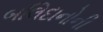
બલિદાનોની